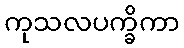
ကုသလပက္ခိကာ